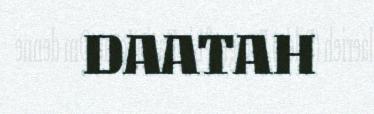
DAATAH